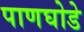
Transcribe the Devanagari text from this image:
पाणघोडे